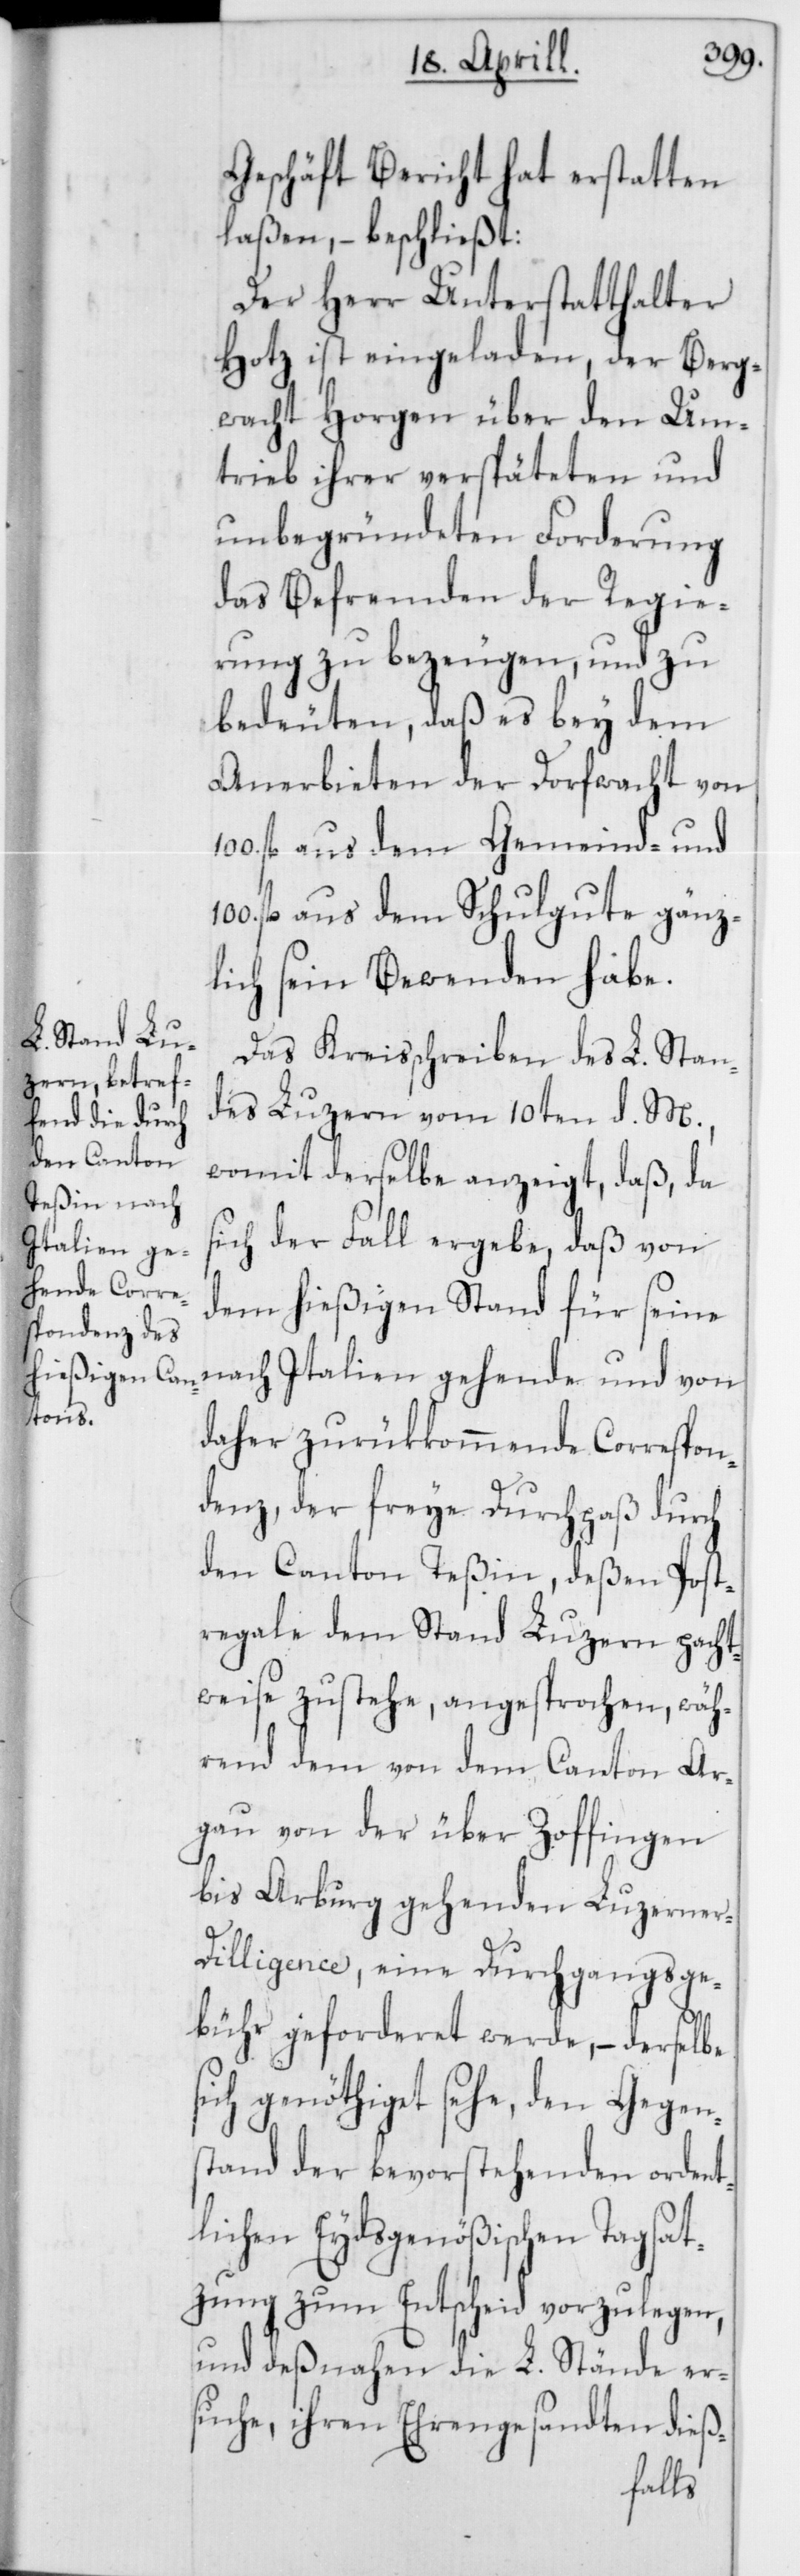
Geschäft Bericht hat erstatten
laßen, – beschließt:
Der Herr Unterstatthalter
Hotz ist eingeladen, der Berg¬
wacht Horgen über den Um¬
trieb ihrer verspäteten und
unbegründeten Forderung
das Befremden der Regie¬
rung zu bezeugen, und zu
bedeuten, daß es bey dem
Anerbieten der Dorfwacht von
100. fl. aus dem Gemeind- und
fl. aus dem Schulgute gänz¬
lich sein Bewenden habe.
Das Kraisschreiben des L. Stan¬
des Luzern vom 10ten d. M.,
womit derselbe anzeigt, daß, da
sich der Fall ergebe, daß von
dem hießigen Stand für seine
nach Italien gehende und von
daher zurükkommende Correspon¬
denz, der freye Durchpaß durch
den Canton Teßin, deßen Post¬
regale dem Stand Luzern pacht¬
weise zustehe, angesprochen, wäh¬
rend dem von dem Canton Ar¬
gau von der über Zofingen
bis Aarburg gehenden Luzerne¬
r-Dilligence, eine Durchgangsge¬
bühr geforderet werde, – derselbe
genöthiget sehe, den Gegen¬
stand der bevorstehenden ordent¬
lichen Eydsgenößischen Tagsat¬
zung zum Entscheid vorzulegen,
und deßnahen die L. Stände er¬
suche, ihren Ehrengesandten dieß-